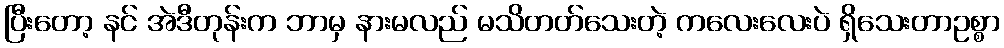
ပြီးတော့ နင် အဲဒီတုန်းက ဘာမှ နားမလည် မသိတတ်သေးတဲ့ ကလေးလေးပဲ ရှိသေးတာဥစ္စာ